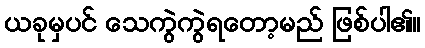
ယခုမှပင် သေကွဲကွဲရတော့မည် ဖြစ်ပါ၏။